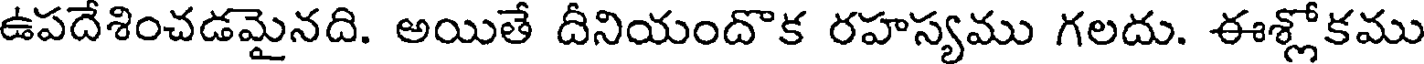
ఉపదేశించడమైనది. అయితే దీనియందొక రహస్యము గలదు. ఈశ్లోకము